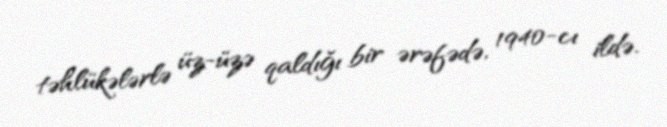
təhlükələrlə üz-üzə qaldığı bir ərəfədə, 1940-cı ildə.